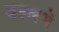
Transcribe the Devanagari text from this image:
वल्लभे